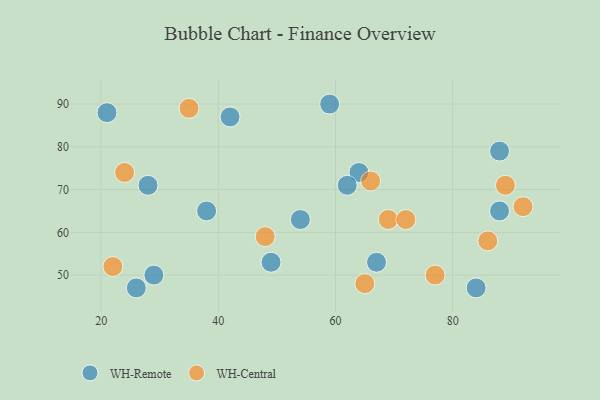
{"axis": {"x": "GDP", "y": "Life Expectancy"}, "legend": ["WH-Central", "WH-Remote"], "data": [{"x": "67", "y": 53, "type": "WH-Remote"}, {"x": "28", "y": 71, "type": "WH-Remote"}, {"x": "26", "y": 47, "type": "WH-Remote"}, {"x": "21", "y": 88, "type": "WH-Remote"}, {"x": "42", "y": 87, "type": "WH-Remote"}, {"x": "84", "y": 47, "type": "WH-Remote"}, {"x": "49", "y": 53, "type": "WH-Remote"}, {"x": "38", "y": 65, "type": "WH-Remote"}, {"x": "54", "y": 63, "type": "WH-Remote"}, {"x": "29", "y": 50, "type": "WH-Remote"}, {"x": "88", "y": 79, "type": "WH-Remote"}, {"x": "88", "y": 65, "type": "WH-Remote"}, {"x": "64", "y": 74, "type": "WH-Remote"}, {"x": "62", "y": 71, "type": "WH-Remote"}, {"x": "59", "y": 90, "type": "WH-Remote"}, {"x": "65", "y": 48, "type": "WH-Central"}, {"x": "77", "y": 50, "type": "WH-Central"}, {"x": "86", "y": 58, "type": "WH-Central"}, {"x": "24", "y": 74, "type": "WH-Central"}, {"x": "22", "y": 52, "type": "WH-Central"}, {"x": "92", "y": 66, "type": "WH-Central"}, {"x": "35", "y": 89, "type": "WH-Central"}, {"x": "66", "y": 72, "type": "WH-Central"}, {"x": "48", "y": 59, "type": "WH-Central"}, {"x": "89", "y": 71, "type": "WH-Central"}, {"x": "69", "y": 63, "type": "WH-Central"}, {"x": "72", "y": 63, "type": "WH-Central"}]}